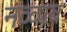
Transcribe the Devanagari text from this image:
नव्वाब